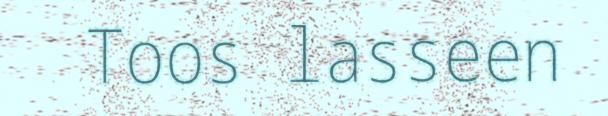
Toos lasseen